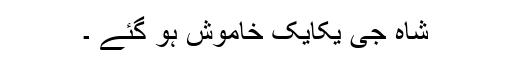
شاہ جی یکایک خاموش ہو گئے ۔